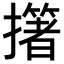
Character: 𢷷